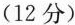
(12分)